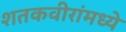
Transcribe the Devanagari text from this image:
शतकवीरांमध्ये